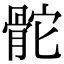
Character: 𩨭